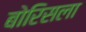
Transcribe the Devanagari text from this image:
बोरिसला